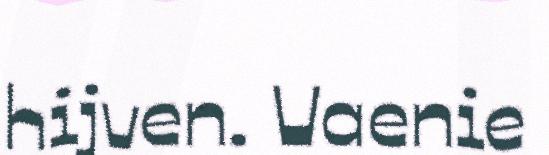
hijven. Vaenie